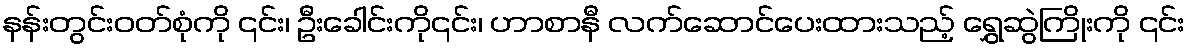
နန်းတွင်းဝတ်စုံကို ၎င်း၊ ဦးခေါင်းကို၎င်း၊ ဟာစာနီ လက်ဆောင်ပေးထားသည့် ရွှေဆွဲကြိုးကို ၎င်း